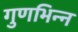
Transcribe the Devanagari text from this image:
गुणभिन्न